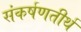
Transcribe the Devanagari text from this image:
संकर्षणतीर्थ